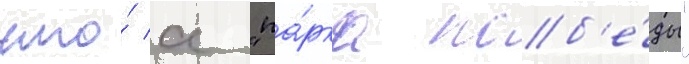
что́ с "па́рка поб'е́ды"